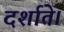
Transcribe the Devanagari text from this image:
दर्शाते।